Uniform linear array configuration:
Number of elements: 12
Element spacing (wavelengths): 1
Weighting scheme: uniform
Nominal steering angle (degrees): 15
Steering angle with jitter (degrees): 14.517
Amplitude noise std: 0.05
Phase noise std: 0.05

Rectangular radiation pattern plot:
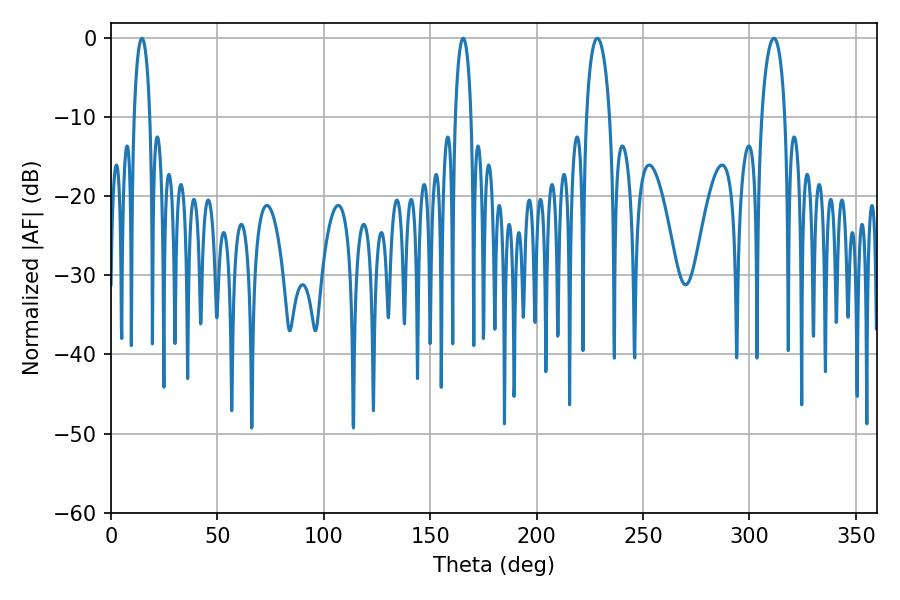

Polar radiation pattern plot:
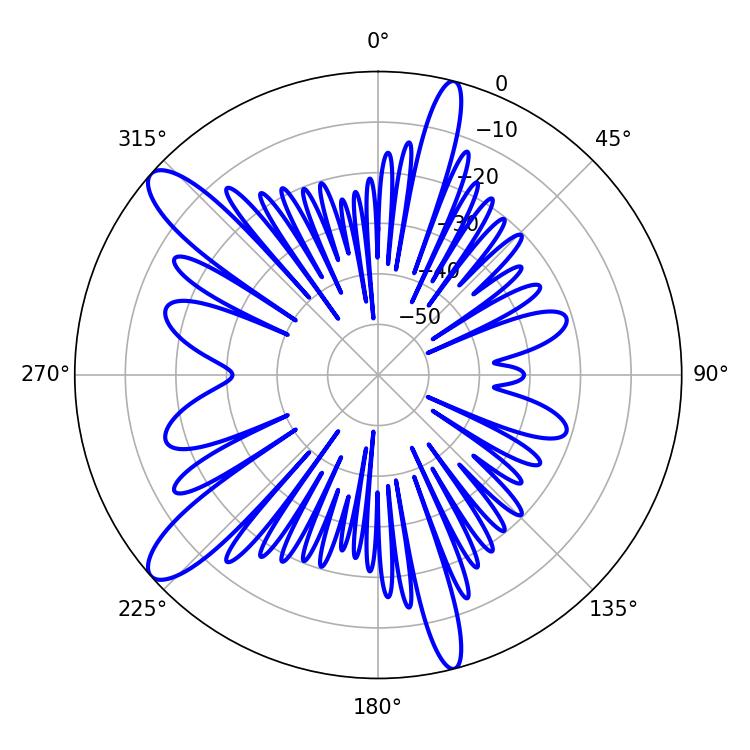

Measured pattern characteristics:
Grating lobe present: TRUE
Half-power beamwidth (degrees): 6.3
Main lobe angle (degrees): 228.6